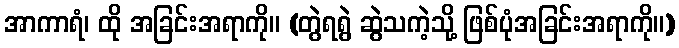
အာကာရံ၊ ထို အခြင်းအရာကို။ (တွဲရရွဲ ဆွဲသကဲ့သို့ ဖြစ်ပုံအခြင်းအရာကို။)